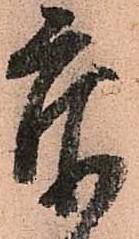
忝